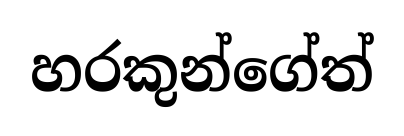
හරකුන්ගේත්